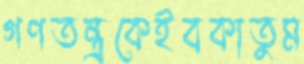
গণতন্ত্রকেইবকাতুম